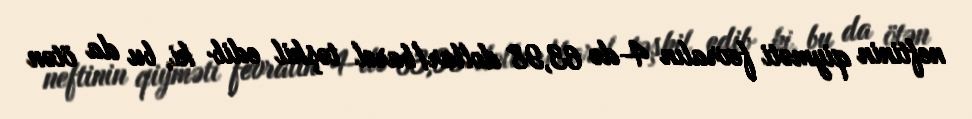
neftinin qiyməti fevralın 4-də 63,98 dollar/barel təşkil edib ki, bu da ötən